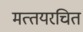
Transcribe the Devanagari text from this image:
मत्‍तयरचित